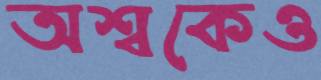
অশ্বকেও